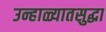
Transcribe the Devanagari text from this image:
उन्हाळ्यातसुद्धा